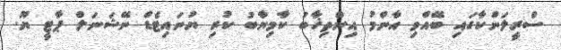
ސްރީލަންކާގައި ބޭއްވި އާންމު އިންތިޚާބު ކާމިޔާބު ކުރި ޔުނައިޓެޑް ނޭޝަނަލް ޕާޓީ ޔޫ.